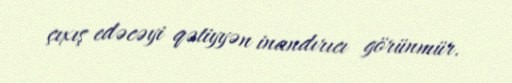
çıxış edəcəyi qətiyyən inandırıcı görünmür.